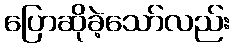
ပြောဆိုခဲ့သော်လည်း